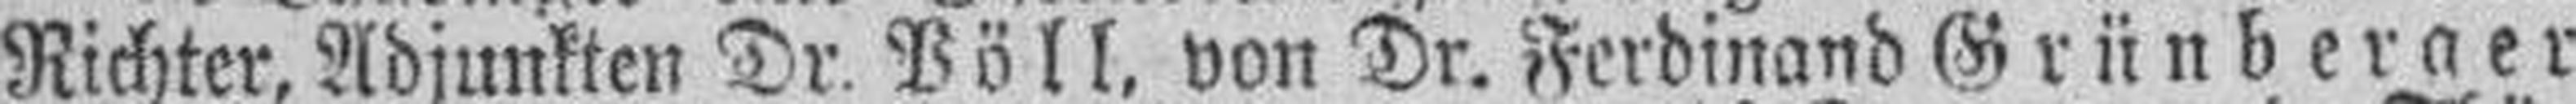
Richter, Adjunkten Dr. Pöll, von Dr. Ferdinand Grünberger